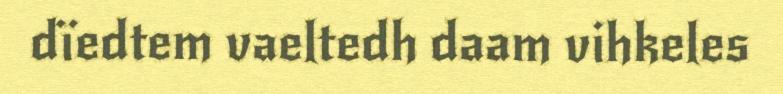
dïedtem vaeltedh daam vihkeles